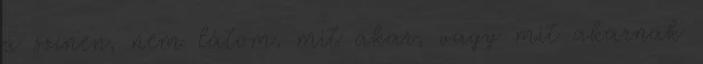
a színen, nem látom, mit akar, vagy mit akarnak